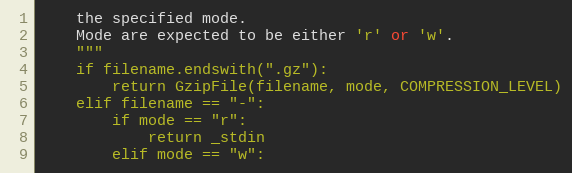
Language: Python
    the specified mode.
    Mode are expected to be either 'r' or 'w'.
    """
    if filename.endswith(".gz"):
        return GzipFile(filename, mode, COMPRESSION_LEVEL)
    elif filename == "-":
        if mode == "r":
            return _stdin
        elif mode == "w":